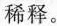
稀释。